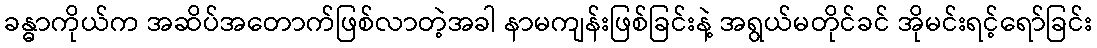
ခန္ဓာကိုယ်က အဆိပ်အတောက်ဖြစ်လာတဲ့အခါ နာမကျန်းဖြစ်ခြင်းနဲ့ အရွယ်မတိုင်ခင် အိုမင်းရင့်ရော်ခြင်း